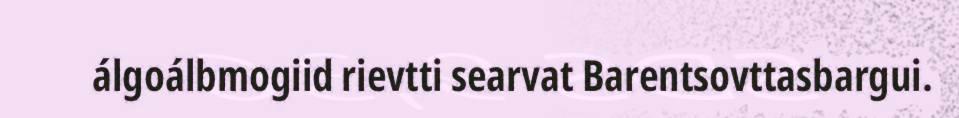
álgoálbmogiid rievtti searvat Barentsovttasbargui.